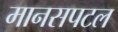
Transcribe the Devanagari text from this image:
मानसपटल